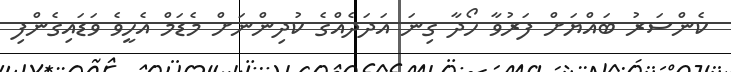
ކެންސަރު ބައްޔަށް ފަރުވާ ހޯދާ ގިނަ އަދަދެއްގެ ކުދިންނަށް މެޑަމް އެހީވެ ވަޑައިގެންފި